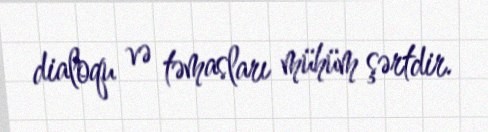
dialoqu və təmasları mühüm şərtdir.